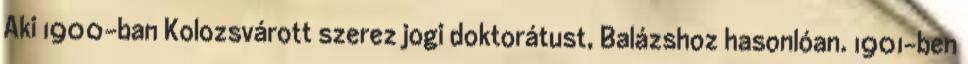
Aki 1900-ban Kolozsvárott szerez jogi doktorátust, Balázshoz hasonlóan. 1901-ben